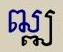
ឍ្ឍ